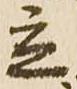
立